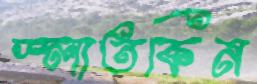
স্লাতকিন